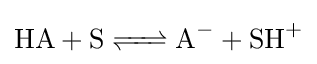
{\ce {HA + S <=> A- + SH+}}